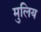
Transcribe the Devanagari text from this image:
मुलिय